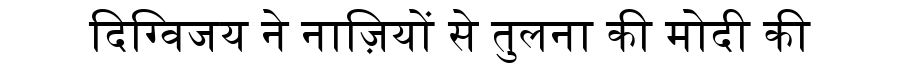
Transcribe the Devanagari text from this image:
दिग्विजय ने नाज़ियों से तुलना की मोदी की